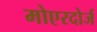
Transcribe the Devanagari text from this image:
मोएरदोर्ज